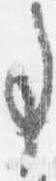
事